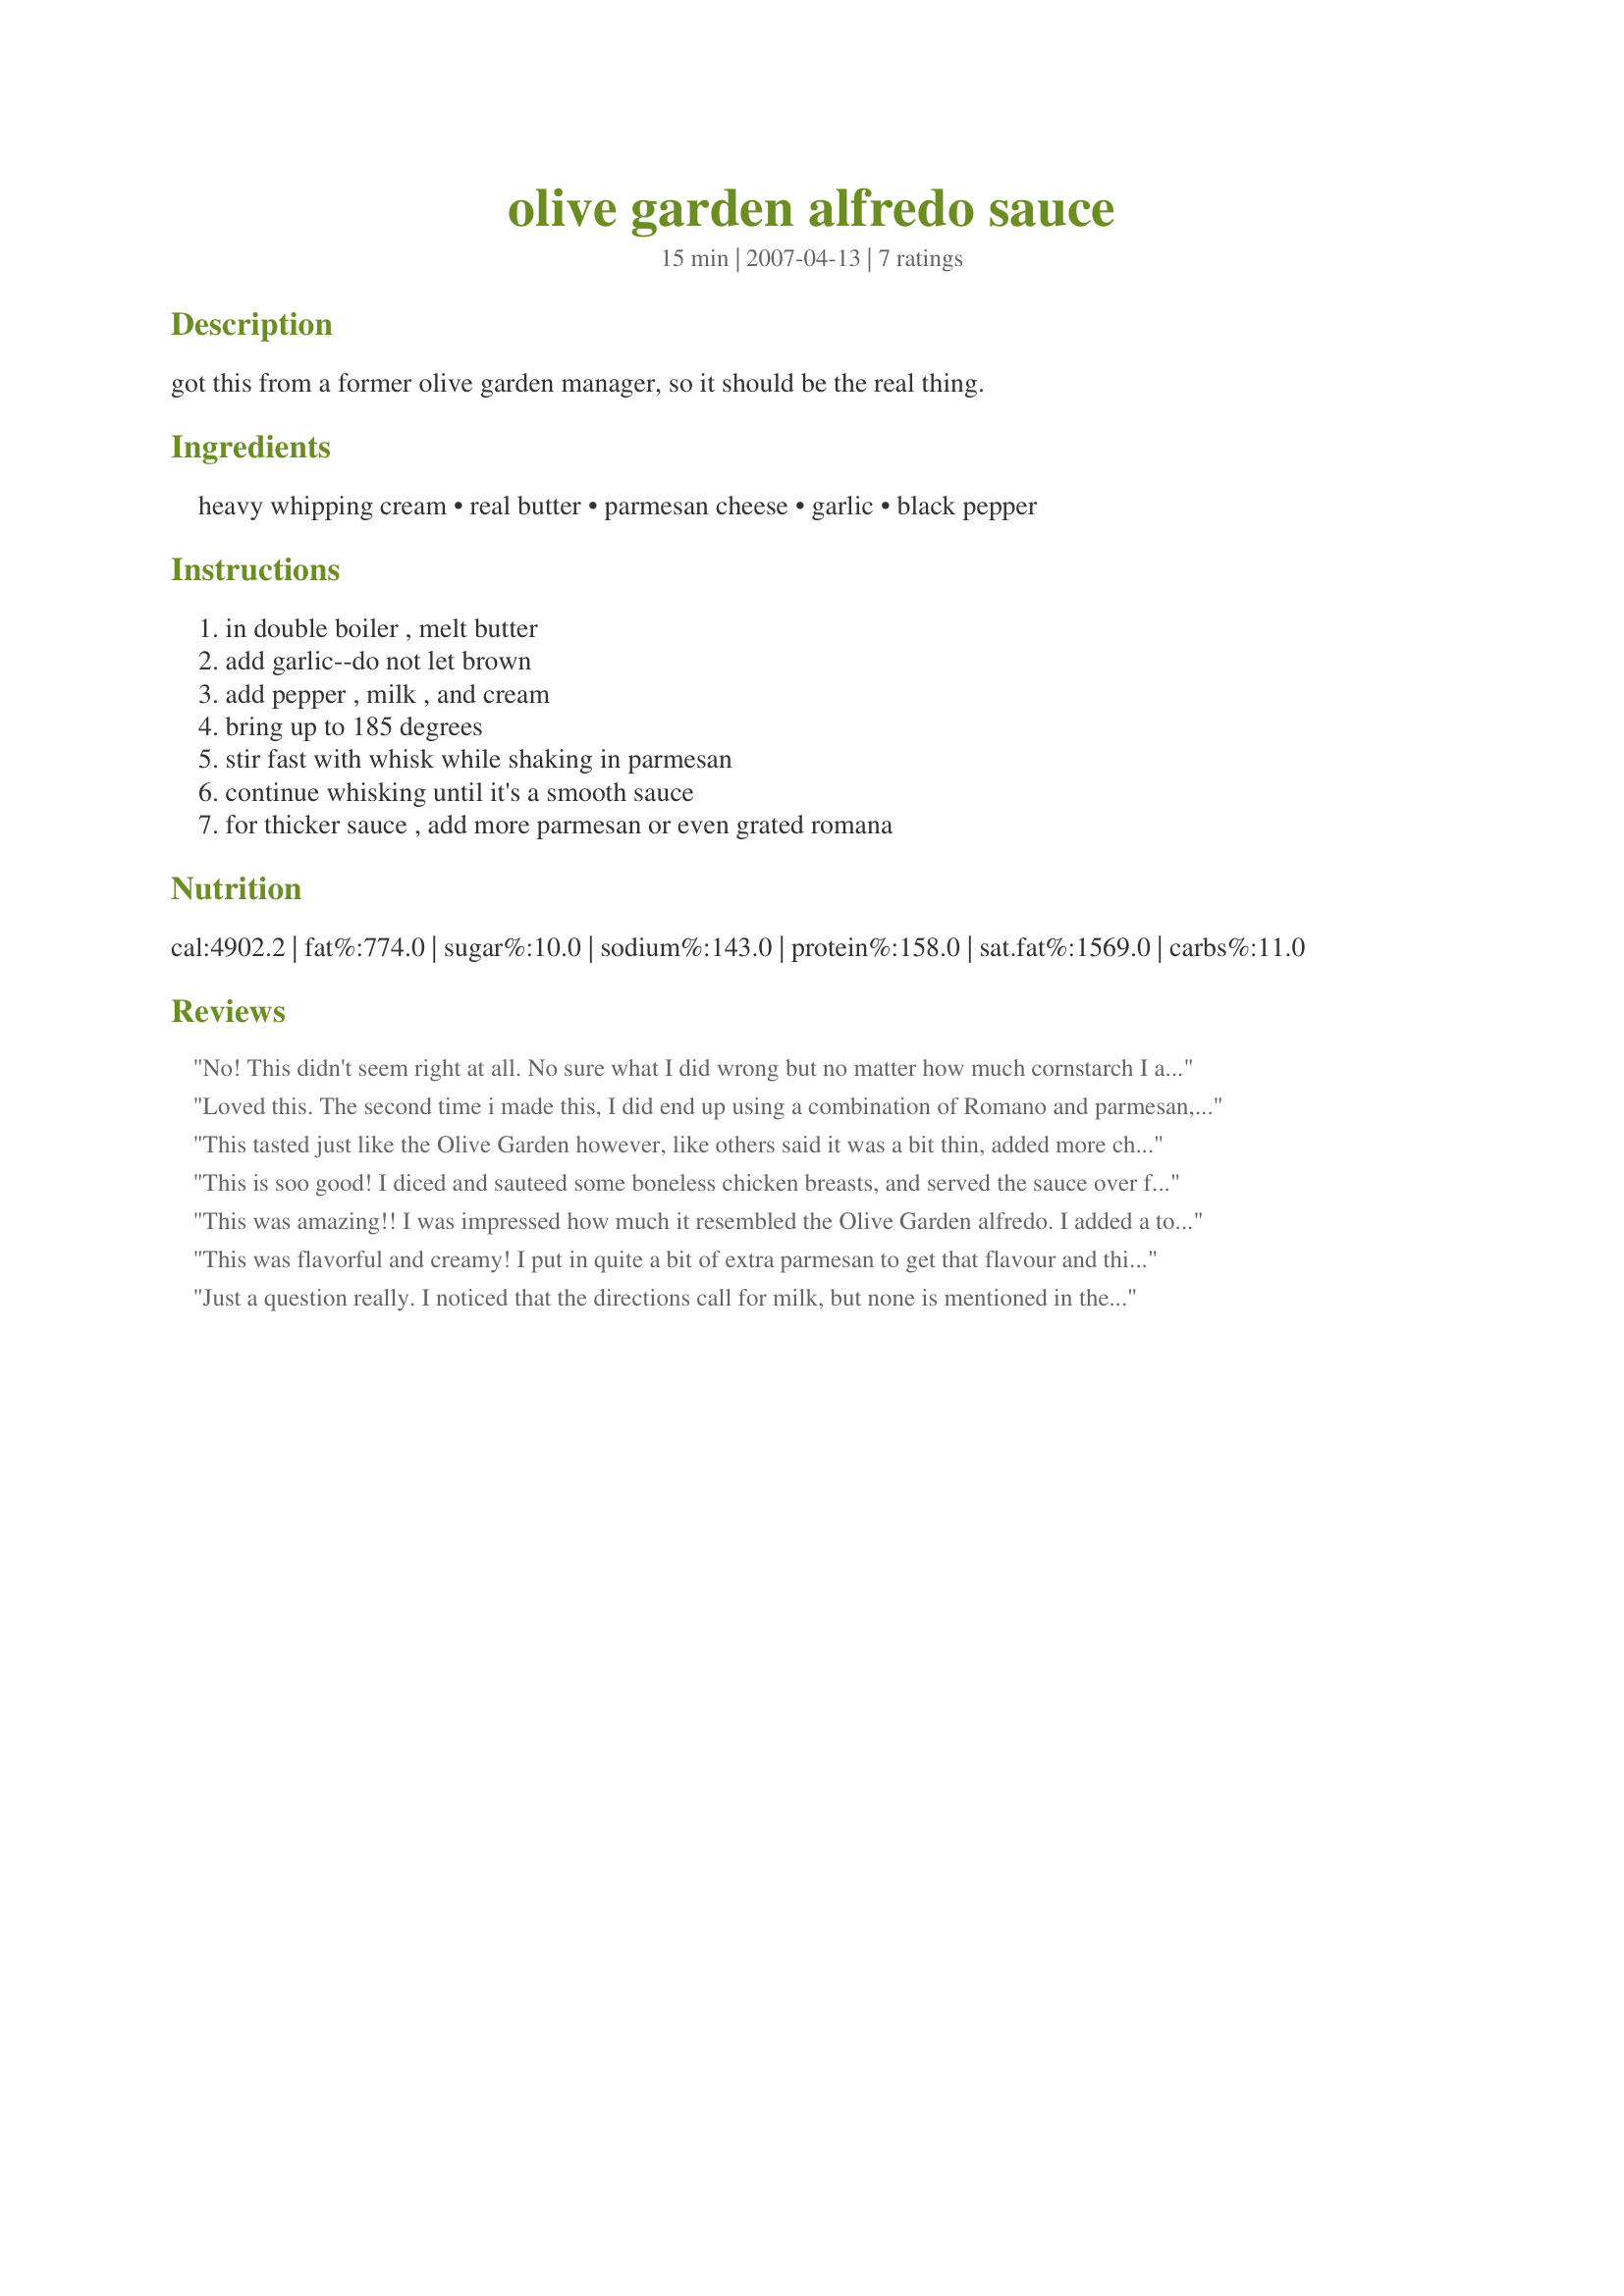
olive garden alfredo sauce
Preparation time: 15 minutes

got this from a former olive garden manager, so it should be the real thing.

Ingredients:
heavy whipping cream, real butter, parmesan cheese, garlic, black pepper

Steps:
in double boiler , melt butter, add garlic--do not let brown, add pepper , milk , and cream, bring up to 185 degrees, stir fast with whisk while shaking in parmesan, continue whisking until it's a smooth sauce, for thicker sauce , add more parmesan or even grated romana

Reviews:
No! This didn't seem right at all. No sure what I did wrong but no matter how much cornstarch I added it was super runny. Had a problem with the milk too-doesn't say how much?
Loved this. The second time i made this, I did end up using a combination of Romano and parmesan, and used a bit more than called for.
This tasted just like the Olive Garden however, like others said it was a bit thin, added more cheese and it was fabulous. I found it a tiny bit gritty when reheated. It also separates as it is reheated but can be whisked back to a good consistency, and the flavor the next day is outstanding as well.
This is soo good! I diced and sauteed some boneless chicken breasts, and served the sauce over fetticini and cooked chicken. I heated up some freezer section garlic breadsticks and really felt like I was eating at Olive Garden. I only used 4 0z of the cream cheese but increased the amount of grated parmesan. A definite new "go to" recipe. Even my picky children and husband oohed and awed.
This was amazing!! I was impressed how much it resembled the Olive Garden alfredo. I added a touch of garlic powder because my minced garlic just didn't seem strong enough. The sauce was a little thin for my taste, so I did add some extra Parmesan cheese. I'll be using this recipe often!! **Now....if you could just get that salad dressing recipe..imagine all the friends you would have!!!** :)
This was flavorful and creamy! I put in quite a bit of extra parmesan to get that flavour and thicken the sauce up- otherwise it would have been too thin. Thanks very much for an excellent recipe!
When reheating it, reheat VERY
slowly and stir as soon as it starts to separate. Heat any more and it separates completely. Not the easiest to reheat, but it can be brought back to room temperature.
Thanks for posting!
Just a question really. I noticed that the directions call for milk, but none is mentioned in the ingredient list. How much is needed (if any)?
